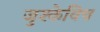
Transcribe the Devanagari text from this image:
जुश्केविच